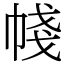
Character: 帴